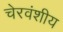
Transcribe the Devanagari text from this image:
चेरवंशीय